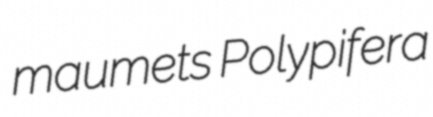
maumets Polypifera